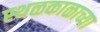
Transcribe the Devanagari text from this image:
स्थळकाळाच्या